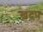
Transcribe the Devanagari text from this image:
खदप